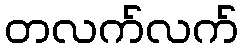
တလက်လက်